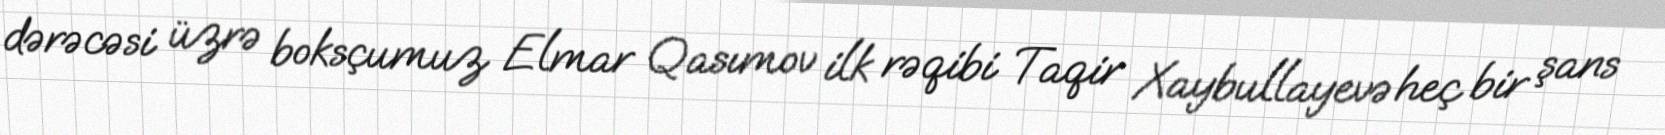
dərəcəsi üzrə boksçumuz Elmar Qasımov ilk rəqibi Taqir Xaybullayevə heç bir şans